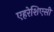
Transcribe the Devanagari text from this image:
एहरेशिएसी